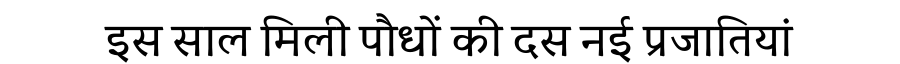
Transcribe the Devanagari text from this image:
इस साल मिली पौधों की दस नई प्रजातियां